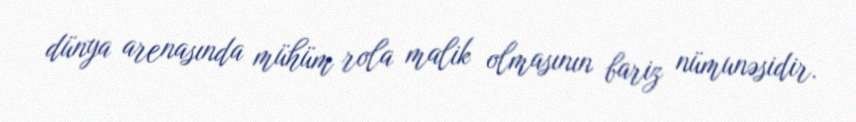
dünya arenasında mühüm rola malik olmasının bariz nümunəsidir.